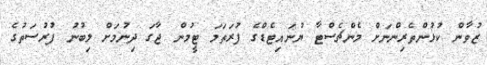
ޒުވާން ކުޅުންތެރިންނަށް މެންޗެސްޓާ ޔުނައިޓެޑްގެ ފުރަތަމަ ޓީމުން ޖާގަ ދިނުމަށް ލިބުނު ފުރުސަތުގެ